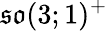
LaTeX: {\mathfrak{so}}(3;1)^{+}